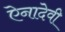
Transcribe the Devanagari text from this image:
ऐनादेवी